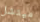
ميتشل